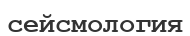
сейсмология